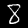
Digit: 8